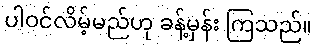
ပါဝင်လိမ့်မည်ဟု ခန့်မှန်း ကြသည်။